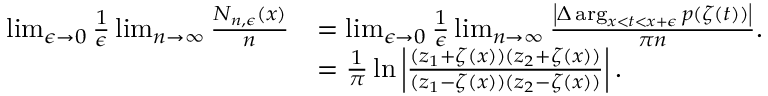
\begin{array} { r l } { \operatorname* { l i m } _ { \epsilon \rightarrow 0 } \frac { 1 } { \epsilon } \operatorname* { l i m } _ { n \rightarrow \infty } \frac { N _ { n , \epsilon } ( x ) } { n } } & { = \operatorname* { l i m } _ { \epsilon \rightarrow 0 } \frac { 1 } { \epsilon } \operatorname* { l i m } _ { n \rightarrow \infty } \frac { \left| \Delta \arg _ { x < t < x + \epsilon } p ( \zeta ( t ) ) \right| } { \pi n } . } \\ & { = \frac { 1 } { \pi } \ln \left| \frac { ( z _ { 1 } + \zeta ( x ) ) ( z _ { 2 } + \zeta ( x ) ) } { ( z _ { 1 } - \zeta ( x ) ) ( z _ { 2 } - \zeta ( x ) ) } \right| . } \end{array}